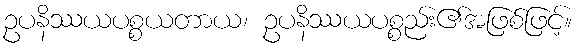
ဥပနိဿယပစ္စယတာယ၊ ဥပနိဿယပစ္စည်း၏အဖြစ်ဖြင့်။